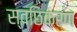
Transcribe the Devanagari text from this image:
स्वछिकरण